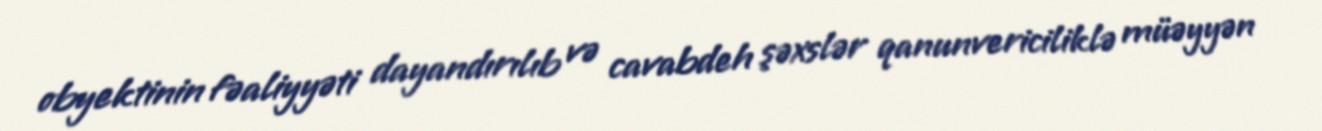
obyektinin fəaliyyəti dayandırılıb və cavabdeh şəxslər qanunvericiliklə müəyyən